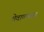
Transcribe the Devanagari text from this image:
शेवाळ्यात